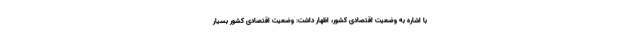
با اشاره به وضعیت اقتصادی کشور، اظهار داشت: وضعیت اقتصادی کشور بسیار